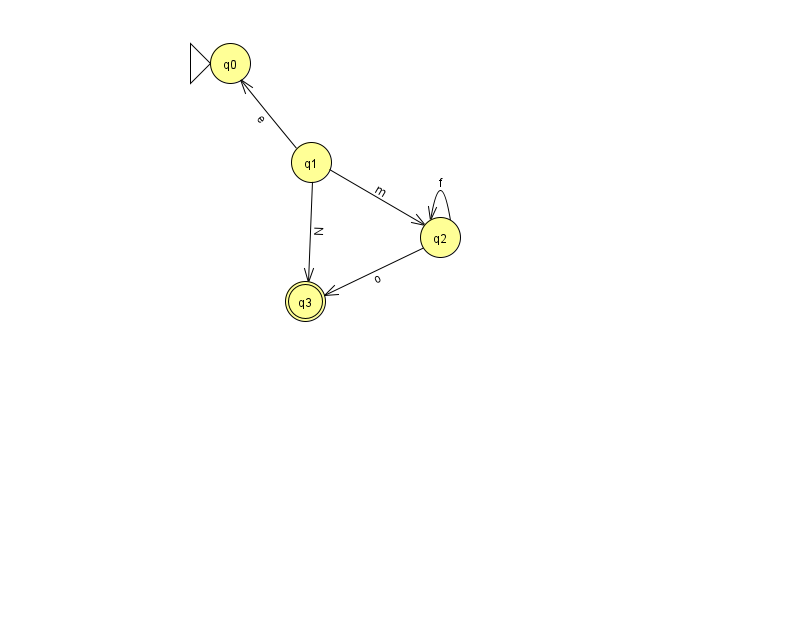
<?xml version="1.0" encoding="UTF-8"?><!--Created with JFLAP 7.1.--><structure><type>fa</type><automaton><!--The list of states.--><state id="0" name="q0"><x>230.0</x><y>50.0</y><initial/></state><state id="1" name="q1"><x>311.0</x><y>149.0</y></state><state id="2" name="q2"><x>440.0</x><y>224.0</y></state><state id="3" name="q3"><x>305.0</x><y>288.0</y><final/></state><!--The list of transitions.--><transition><from>2</from><to>3</to><read>o</read></transition><transition><from>1</from><to>3</to><read>N</read></transition><transition><from>2</from><to>2</to><read>f</read></transition><transition><from>1</from><to>2</to><read>m</read></transition><transition><from>1</from><to>0</to><read>e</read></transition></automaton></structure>